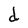
Character: d